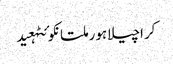
کراچیلاہورملتانکوئٹہعید